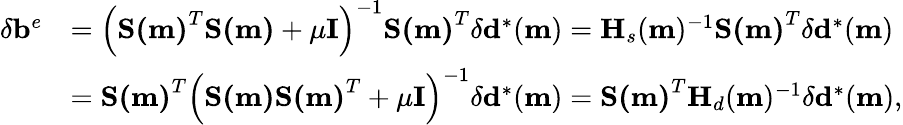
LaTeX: \begin{array}{rl}{\delta\mathbf{b}^{e}}&{=\left(\mathbf{S(m)}^{T}\mathbf{S(m)}+\mu\mathbf{I}\right)^{-1}\mathbf{S(m)}^{T}\delta\mathbf{d}^{*}(\mathbf{m})=\mathbf{H}_{s}(\mathbf{m})^{-1}\mathbf{S(m)}^{T}\delta\mathbf{d}^{*}(\mathbf{m})}\\ &{=\mathbf{S(m)}^{T}\left(\mathbf{S(m)}\mathbf{S(m)}^{T}+\mu\mathbf{I}\right)^{-1}\delta\mathbf{d}^{*}(\mathbf{m})=\mathbf{S(m)}^{T}\mathbf{H}_{d}(\mathbf{m})^{-1}\delta\mathbf{d}^{*}(\mathbf{m}),}\end{array}